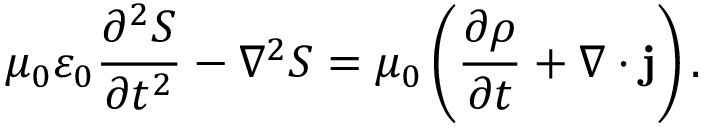
\mu _ { 0 } \varepsilon _ { 0 } \frac { \partial ^ { 2 } S } { \partial t ^ { 2 } } - \nabla ^ { 2 } S = \mu _ { 0 } \left( \frac { \partial \rho } { \partial t } + \nabla \cdot \mathbf { j } \right) .